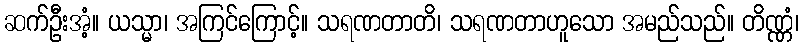
ဆက်ဦးအံ့။ ယသ္မာ၊ အကြင်ကြောင့်။ သရဏတာတိ၊ သရဏတာဟူသော အမည်သည်။ တိဏ္ဏံ၊